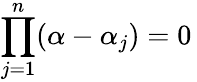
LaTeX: \prod_{j=1}^{n}(\alpha-\alpha_{j})=0\,